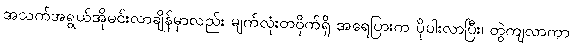
အသက်အရွယ်အိုမင်းလာချိန်မှာလည်း မျက်လုံးတဝိုက်ရှိ အရေပြားက ပိုပါးလာပြီး၊ တွဲကျလာကာ